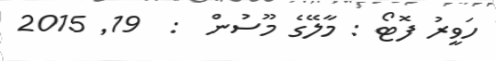
ހަވީރު ފޮޓޯ : މާލޭގެ މޫސުން  :  19